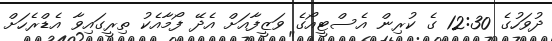
ދުވަހުގެ 12:30 ގެ ކުރިން އެސްޓީއޯގެ ވަޒީފާއަށް އެދޭ ފޯމާއެކު ތިރީގައިވާ އެޑްރެހަށް